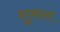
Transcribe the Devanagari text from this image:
शुमला